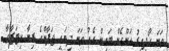
ވަނަ ހޯދިއިރު އަންހެން ބައިން އެއް ވަނަ ދިޔައީ ޖަޕާންގެ ރިނާ ކިޓަޒާވާ